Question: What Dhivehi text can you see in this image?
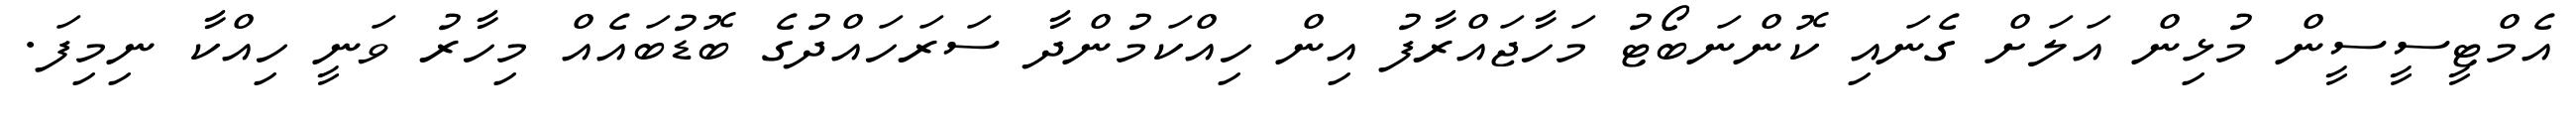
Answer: އެމްޓީސީސީން މުޅިން އަލަށް ގެނައި ކޮންނަބޯޓު މަހާޖައްރާފު އިން ހިއްކަމުންދާ ސަރަހައްދުގެ ބޮޑުބައެއް މިހާރު ވަނީ ހިއްކާ ނިމިފަ.